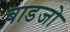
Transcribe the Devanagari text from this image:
बाडजो